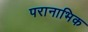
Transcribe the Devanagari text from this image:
परानाभिक